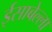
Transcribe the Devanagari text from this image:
ईसाबेल्ला